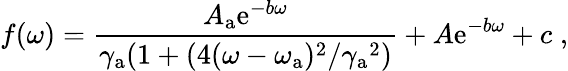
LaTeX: f(\omega)=\frac{A_{\mathrm{a}}\mathrm{e}^{-b\omega}}{\gamma_{\mathrm{a}}(1+(4(\omega-\omega_{\mathrm{a}})^{2}/{\gamma_{\mathrm{a}}}^{2})}+A\mathrm{e}^{-b\omega}+c\; ,